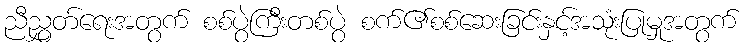
ညီညွှတ်ရေးအတွက် စစ်ပွဲကြီးတစ်ပွဲ စက်၏စစ်ဆေးခြင်းနှင့်အသုံးပြုမှုအတွက်